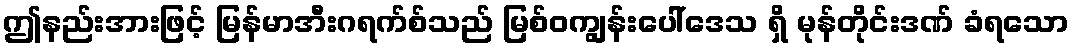
ဤနည်းအားဖြင့် မြန်မာအီးဂရက်စ်သည် မြစ်ဝကျွန်းပေါ်ဒေသ ရှိ မုန်တိုင်းဒဏ် ခံရသော